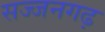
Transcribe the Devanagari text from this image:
सज्‍जनगढ़